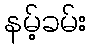
နမ့်ခမ်း